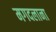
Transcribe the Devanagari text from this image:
मगदलाना